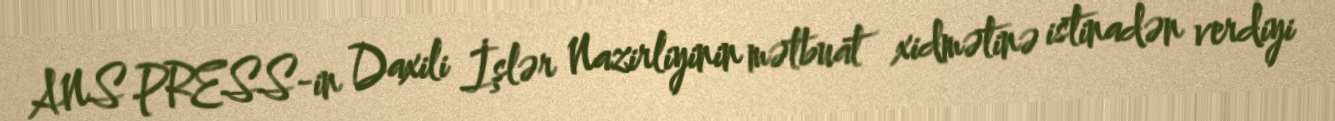
ANS PRESS-in Daxili İşlər Nazirliyinin mətbuat xidmətinə istinadən verdiyi